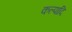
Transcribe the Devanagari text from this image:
कल्पादि